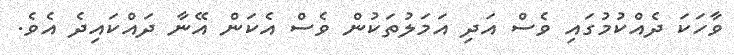
ވާހަކަ ދެއްކުމުގައި ވެސް އަދި އަމަލުތަކުން ވެސް އެކަން އޭނާ ދައްކައިދެ އެވެ.